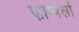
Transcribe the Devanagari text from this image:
ज़ाम्पेर्ला